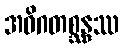
အဝိဂတစ္ဆန္ဒဿ